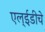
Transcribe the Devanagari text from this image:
एल्‌ईडीचे